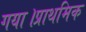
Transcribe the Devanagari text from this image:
गया।प्राथमिक